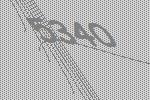
5340